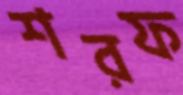
শরফ